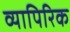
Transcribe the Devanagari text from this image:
व्यापिरिक